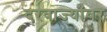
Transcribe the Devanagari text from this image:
दरवाज्यांवर